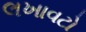
લખાવટો